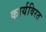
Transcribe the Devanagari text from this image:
कार्यविरत